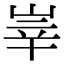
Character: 峷